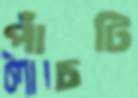
পাঁচটি